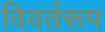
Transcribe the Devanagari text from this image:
विवर्तरूप